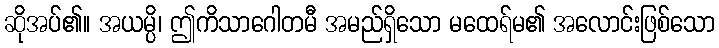
ဆိုအပ်၏။ အယမ္ပိ၊ ဤကိသာဂေါတမီ အမည်ရှိသော မထေရ်မ၏ အလောင်းဖြစ်သော